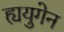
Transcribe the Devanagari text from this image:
ह्ययुगेन